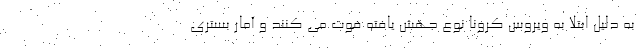
به دلیل ابتلا به ویروس کرونا نوع جهش یافته فوت می کنند و آمار بستری